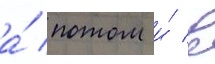
а́ потом и́ в